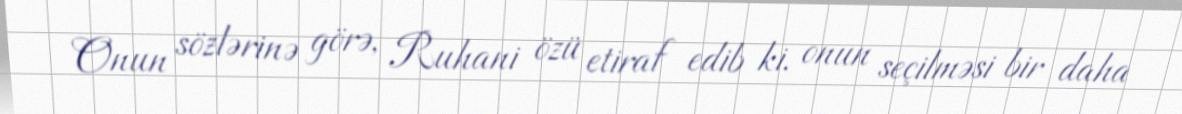
Onun sözlərinə görə, Ruhani özü etiraf edib ki, onun seçilməsi bir daha